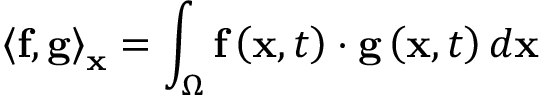
{ \left\langle { { \bf { f } } , { \bf { g } } } \right\rangle _ { \bf { x } } } = \int _ { \Omega } { { \bf { f } } \left( { { \bf { x } } , t } \right) \cdot { \bf { g } } \left( { { \bf { x } } , t } \right) d { \bf { x } } }